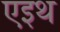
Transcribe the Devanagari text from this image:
एइथ